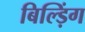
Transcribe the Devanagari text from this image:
बिल्ड़िंग